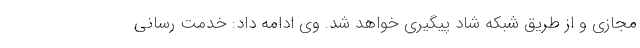
مجازی و از طریق شبکه شاد پیگیری خواهد شد. وی ادامه داد: خدمت رسانی